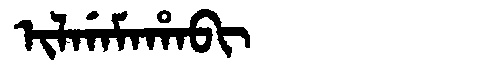
Manchu: ᡳᠯᡤᠠᠮᠠᡥᠠᠪᡳ
Romanization: ILGAMAHABI